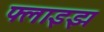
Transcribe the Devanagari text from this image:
फ्लाइझ